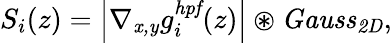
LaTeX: S_{i}(z)=\left|\nabla_{\mathit{x,y}}g_{i}^{\mathit{hpf}}(z)\right|\circledast\mathit{Gauss}_{\mathit{2D}},